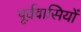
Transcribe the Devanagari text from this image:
पूर्ववासियों